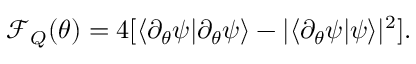
\mathcal { F } _ { Q } ( \theta ) = 4 [ \langle \partial _ { \theta } \psi | \partial _ { \theta } \psi \rangle - | \langle \partial _ { \theta } \psi | \psi \rangle | ^ { 2 } ] .